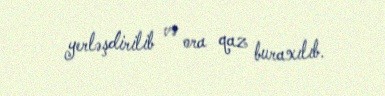
yerləşdirilib və ora qaz buraxılıb.